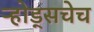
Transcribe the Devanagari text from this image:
ऱ्होड्सचेच